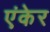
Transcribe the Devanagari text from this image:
एंकेर